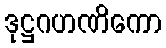
ဒုဋ္ဌဂဟဏိကော